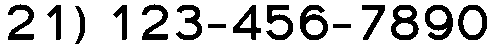
21) 123-456-7890